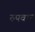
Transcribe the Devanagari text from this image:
रुपवान